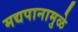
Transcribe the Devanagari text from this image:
मद्यपानामुळे